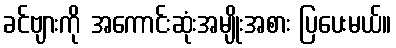
ခင်ဗျားကို အကောင်းဆုံးအမျိုးအစား ပြပေးမယ်။